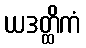
ယဒတ္ထိကံ